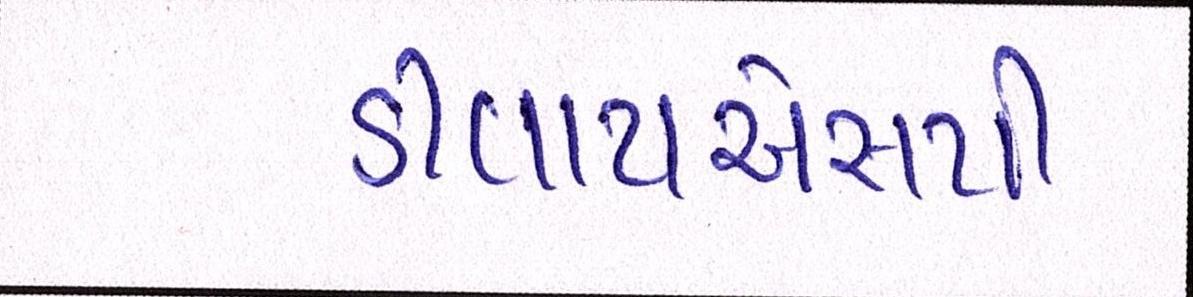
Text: ડીવાયએસપી